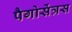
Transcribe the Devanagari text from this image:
पैगोसेंत्रस